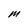
Character: M